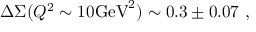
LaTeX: \Delta \Sigma ( Q ^ { 2 } \sim 1 0 \mathrm { G e V } ^ { 2 } ) \sim 0 . 3 \pm 0 . 0 7 \ ,